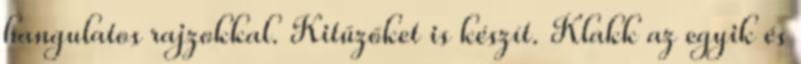
hangulatos rajzokkal. Kitűzőket is készít. Klakk az egyik és